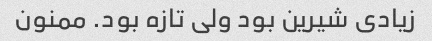
زیادی شیرین بود ولی تازه بود. ممنون